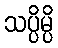
သပ္ပိမ္ပိ